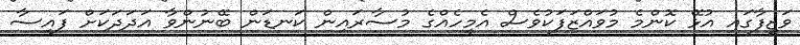
ވަޒީފާގައި އުޅޭ ކޮންމެ މުވައްޒަފަކުވެސް އެމީހެއްގެ މުސާރައިން ކަނޑަން ބޭނުންވާ އަދަދަކަށް ފައިސާ